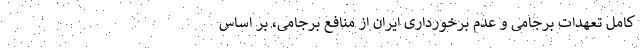
کامل تعهدات برجامی و عدم برخورداری ایران از منافع برجامی، بر اساس